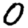
Digit: 0